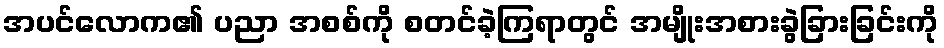
အပင်လောက၏ ပညာ အစစ်ကို စတင်ခဲ့ကြရာတွင် အမျိုးအစားခွဲခြားခြင်းကို